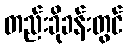
တည်းခိုခန်းတွင်